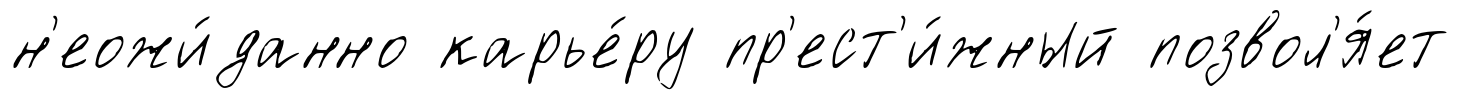
н'еожи́данно карье́ру пр'ест'и́жный позвол'я́ет